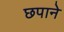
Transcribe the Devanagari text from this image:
छपाने